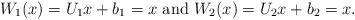
LaTeX: \begin{align*} W_1(x)=U_1x+b_1=x \mbox{ and } W_2(x)=U_2x+b_2 =x \mbox{.}\end{align*}